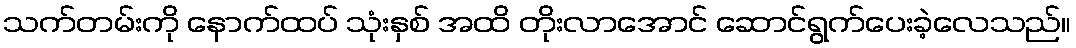
သက်တမ်းကို နောက်ထပ် သုံးနှစ် အထိ တိုးလာအောင် ဆောင်ရွက်ပေးခဲ့လေသည်။